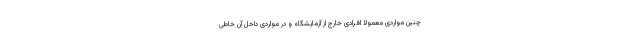
چنین مواردی معمولا افرادی خارج از آزمایشگاه و در مواردی داخل آن خاطی